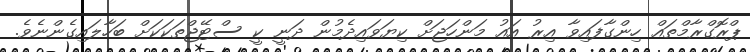
ޕްރޮގްރާމްތައް ހިންގާފައިވާ އިރު އައު މަންހަޖަށް ކިޔަވައިދެމުން ދަނީ ކީ ސްޓޭޖްތަކަކަށް ބަހާލައިގެންނެވެ.